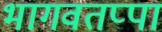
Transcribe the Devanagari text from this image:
भागवतप्पा